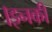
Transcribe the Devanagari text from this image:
।इनकी